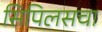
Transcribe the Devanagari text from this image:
सिपिलसचा